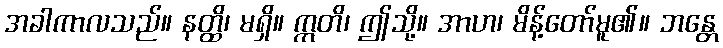
အခါကာလသည်။ နတ္ထိ၊ မရှိ။ ဣတိ၊ ဤသို့။ အာဟ၊ မိန့်တော်မူ၏။ ဘန္တေ